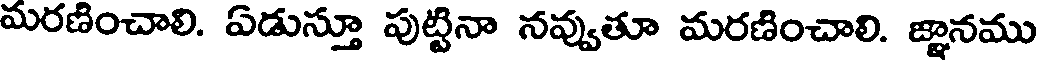
మరణించాలి. ఏడుస్తూ పుట్టినా నవ్వుతూ మరణించాలి. జ్ఞానము